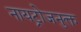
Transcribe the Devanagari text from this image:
नायट्रोजनुक्त